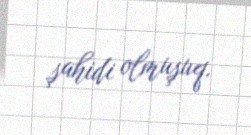
şahidi olmuşuq.